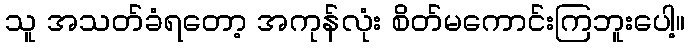
သူ အသတ်ခံရတော့ အကုန်လုံး စိတ်မကောင်းကြဘူးပေါ့။